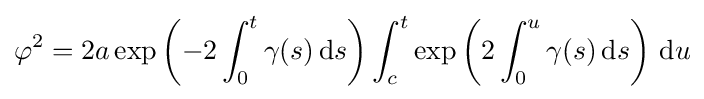
\varphi ^{2}=2a\exp \left(-2\int _{0}^{t}\gamma (s)\,\mathrm {d} s\right)\int _{c}^{t}\exp \left(2\int _{0}^{u}\gamma (s)\,\mathrm {d} s\right)\,\mathrm {d} u